Mental hospitals Bombay report 1921-28 - 1921-1928
Year: 1921
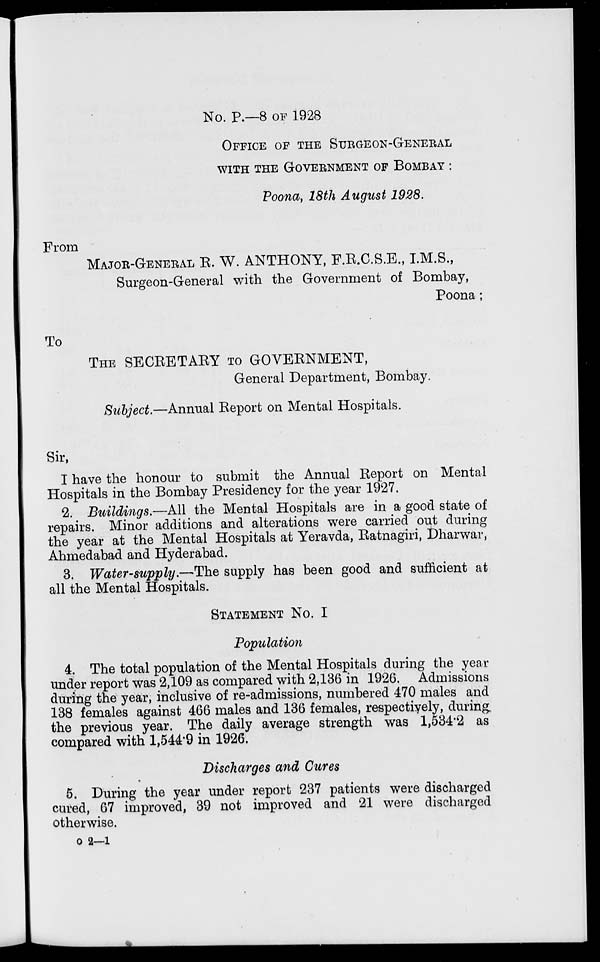
No. P.—8 OF 1928
OFFICE OF THE SURGEON GENERAL
WITH THE GOVERNMENT OF BOMBAY :
Poona, 18th August 1928.
From
MAJOR-GENERAL R. W. ANTHONY, F.R.C.S.E., I.M.S.,
Surgeon-General with the Government of Bombay,
Poona ;
To
THE SECRETARY TO GOVERNMENT,
General Department, Bombay.
Subject.—Annual Report on Mental Hospitals.
Sir,
I have the honour to submit the Annual Report on Mental
Hospitals in the Bombay Presidency for the year 1927.
2. Buildings.—All the Mental Hospitals are in a good state of
repairs. Minor additions and alterations were carried out during
the year at the Mental Hospitals at Yeravda, Ratnagiri, Dharwar,
Ahmedabad and Hyderabad.
3. Water-supply.—The supply has been good and sufficient at
all the Mental Hospitals.
STATEMENT NO. I
Population
4. The total population of the Mental Hospitals during the year
under report was 2,109 as compared with 2,136 in 1926. Admissions
during the year, inclusive of re-admissions, numbered 470 males and
138 females against 466 males and 136 females, respectively, during
the previous year. The daily average strength was 1,534.2 as
compared with 1,544.9 in 1926.
Discharges and Cures
5. During the year under report 237 patients were discharged
cured, 67 improved, 39 not improved and 21 were discharged
otherwise.
o 2—1